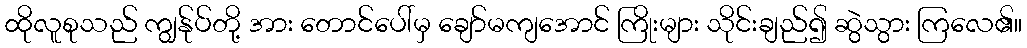
ထိုလူစုသည် ကျွန်ုပ်တို့ အား တောင်ပေါ်မှ ချော်မကျအောင် ကြိုးများ သိုင်းချည်၍ ဆွဲသွား ကြလေ၏။